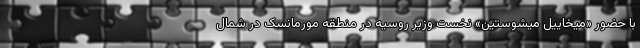
با حضور «میخاییل میشوستین» نخست وزیر روسیه در منطقه مورمانسک در شمال